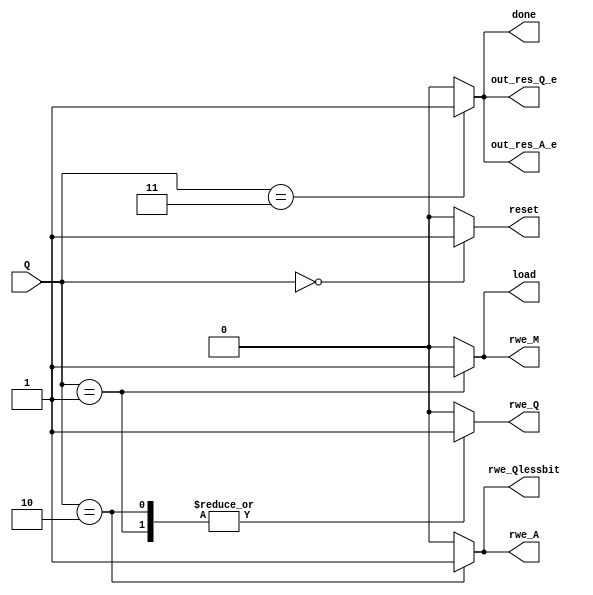
module output_signal(Q,rwe_A, rwe_M, rwe_Q, rwe_Qlessbit, out_res_A_e,out_res_Q_e,load,reset, done);

	input [2:0]Q;
	output reg load; 
	output reg rwe_A, rwe_M, rwe_Q, rwe_Qlessbit, out_res_A_e,out_res_Q_e,reset, done;

	always @ * begin 
		reset				<=0;
		rwe_A				<=0;
		rwe_M				<=0;
		rwe_Q				<=0;
		rwe_Qlessbit	<=0; 
		out_res_A_e		<=0;
		out_res_Q_e		<=0;
		load				<=0;
		done				<=0;
		case (Q)
			3'b000: reset <=1;
			3'b001:  begin
							load	<=1;
							rwe_M	<=1;
							rwe_Q	<=1;
						end
			3'b010: 	begin 
							rwe_A				<=1;
							rwe_Q				<=1;
							rwe_Qlessbit 	<=1;
						end
			3'b011:	begin
							out_res_A_e 	<=1;
							out_res_Q_e 	<=1;
							done<=1;
						end
		endcase
	end	
	
endmodule